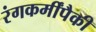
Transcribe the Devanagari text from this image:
रंगकर्मींपैकी